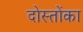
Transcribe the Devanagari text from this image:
दोस्तोंका